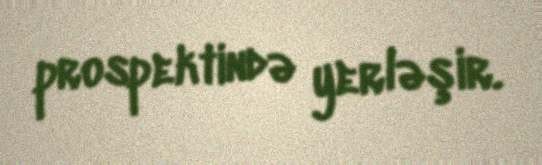
prospektində yerləşir.